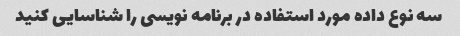
سه نوع داده مورد استفاده در برنامه نویسی را شناسایی کنید